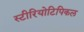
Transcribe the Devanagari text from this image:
स्टीरियोटिपिकल